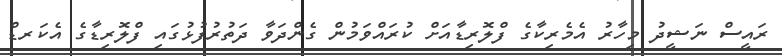
ރައީސް ނަޝީދު މިހާރު އެމެރިކާގެ ފްލޮރިޑާއަށް ކުރައްވަމުން ގެންދަވާ ދަތުރުފުޅުގައި ފްލޮރިޑާގެ އެކަރޑް